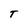
Character: T